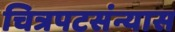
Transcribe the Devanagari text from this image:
चित्रपटसंन्यास